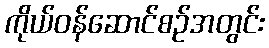
ကိုယ်ဝန်ဆောင်စဉ်အတွင်း